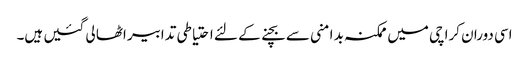
اسی دوران کراچی میں ممکنہ بد امنی سے بچنے کے لئے احتیاطی تدابیر اٹھا لی گئیں ہیں۔